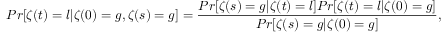
P r [ \zeta ( t ) = l | \zeta ( 0 ) = g , \zeta ( s ) = g ] = \frac { P r [ \zeta ( s ) = g | \zeta ( t ) = l ] P r [ \zeta ( t ) = l | \zeta ( 0 ) = g ] } { P r [ \zeta ( s ) = g | \zeta ( 0 ) = g ] } ,